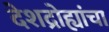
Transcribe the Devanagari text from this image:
देशद्रोह्यांचा